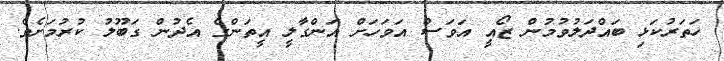
ހަތަރުކަޅި ބައްދަލުވުމުން ޒޯއީ އަވަސް އަވަހަށް އަންގާލީ އީތަންގެ އެދުން ގަބޫލު ކުރުމަށެވެ.